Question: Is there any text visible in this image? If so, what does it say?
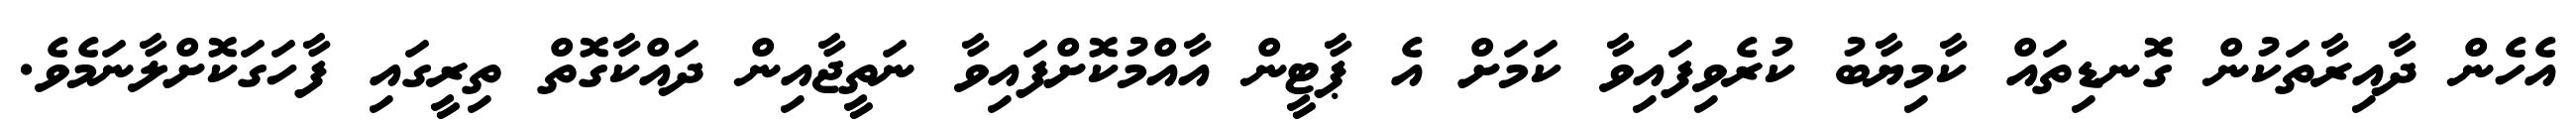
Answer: އެހެން ދާއިރާތަކުން ގޮނޑިތައް ކާމިޔާބު ކުރެވިފައިވާ ކަމަށް އެ ޕާޓީން އާއްމުކޮށްފައިވާ ނަތީޖާއިން ދައްކާގޮތް ތިރީގައި ފާހަގަކޮށްލާނަމެވެ.